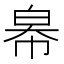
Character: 㡍